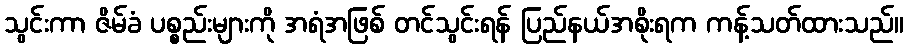
သွင်းကာ ဇိမ်ခံ ပစ္စည်းများကို အရံအဖြစ် တင်သွင်းရန် ပြည်နယ်အစိုးရက ကန့်သတ်ထားသည်။